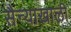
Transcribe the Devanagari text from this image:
सैन्याखाली